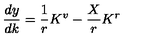
\frac { d y } { d k } = \frac { 1 } { r } K ^ { v } - \frac { X } { r } K ^ { r }